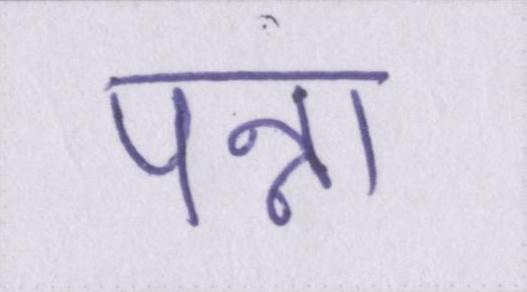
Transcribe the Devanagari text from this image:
पन्ना